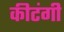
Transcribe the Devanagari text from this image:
कीटंगी